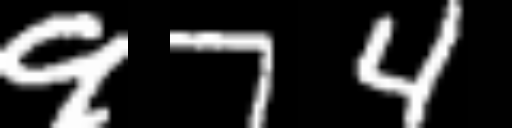
Text: 974